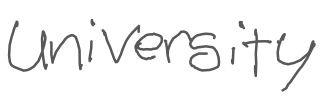
Text: university
Cross-out: clean
Writing tool: digital_gray